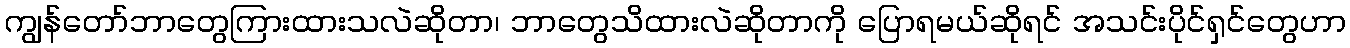
ကျွန်တော်ဘာတွေကြားထားသလဲဆိုတာ၊ ဘာတွေသိထားလဲဆိုတာကို ပြောရမယ်ဆိုရင် အသင်းပိုင်ရှင်တွေဟာ